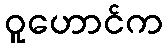
ဝူဟောင်က